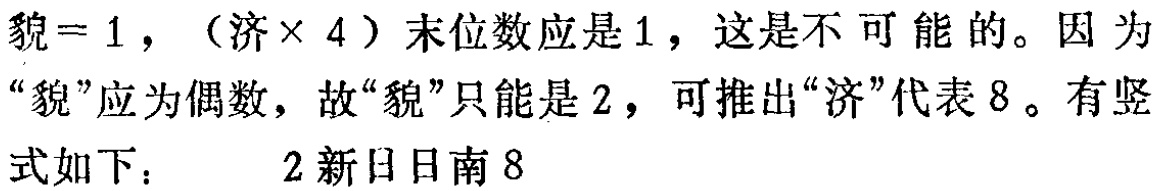
貌 = 1，（济× 4）末位数应是 1，这是不可能的。因为“貌”应为偶数，故“貌”只能是 2，可推出“济”代表 8。有竖式如下： 2 新日日南 8